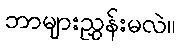
ဘာများညွှန်းမလဲ။